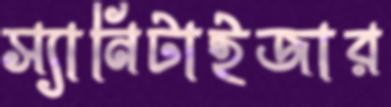
স্যানিটাইজার